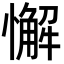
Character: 懈